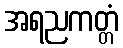
အရညကတ္တံ